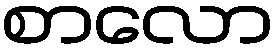
စာလော